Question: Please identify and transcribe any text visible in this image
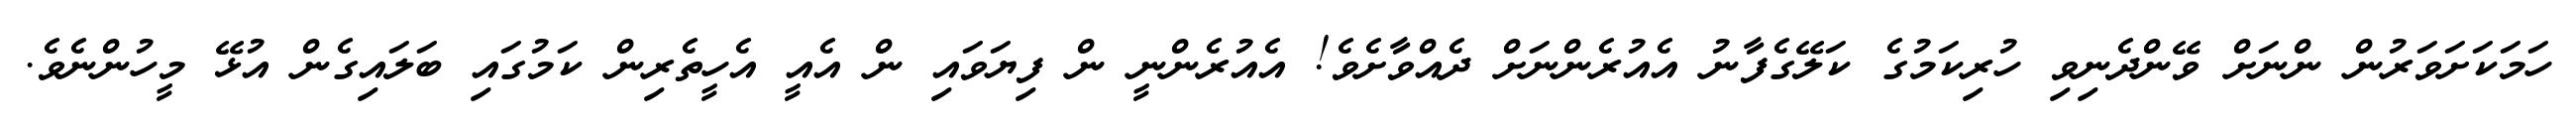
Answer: ހަމަކަށަވަރުން ންނަށް ވޭންދެނިވި ހުރިކަމުގެ ކަލޭގެފާނު އެއުރެންނަށް ދެއްވާށެވެ! އެއުރެންނީ ން ފިޔަވައި ން އެއީ އެހީތެރިން ކަމުގައި ބަލައިގެން އުޅޭ މީހުންނެވެ.